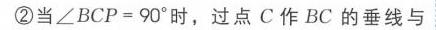
(2)当\(\angle BCP = 90^{\circ}\)时，过点\(C\)作\(BC\)的垂线与